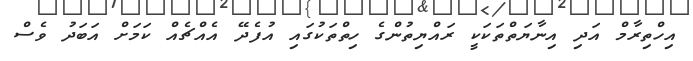
އިހްތިރާމް އަދި އިނާޔަތްތަކަކީ ރައްޔިތުންގެ ހިތްތަކުގައި އުފެދޭ އެއްޗެއް ކަމަށް އަބަދު ވެސް